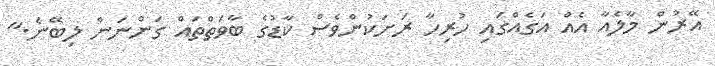
އޭރުން މާލެއާ އެއް އަގެއްގައި ހުރިހާ ރަށަކުންވެސް ކާޑުގެ ބާވަތްތައް ގަންނަން ލިބޭނެ."